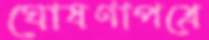
ঘোষণাপত্রে